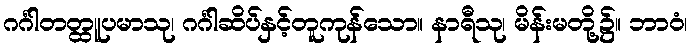
ဂင်္ဂါတတ္ထူပမာသု၊ ဂင်္ဂါဆိပ်နှင့်တူကုန်သော။ နာရီသု၊ မိန်းမတို့၌။ ဘာဝံ၊